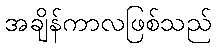
အချိန်ကာလဖြစ်သည်